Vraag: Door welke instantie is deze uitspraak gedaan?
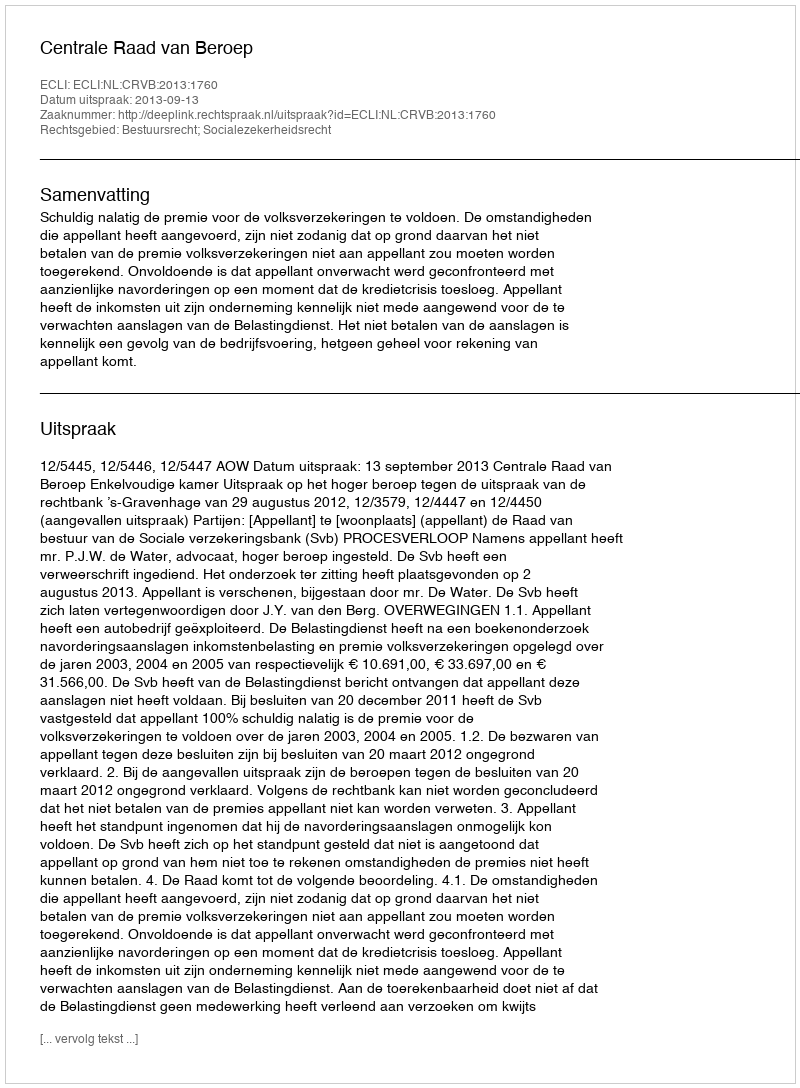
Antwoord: Centrale Raad van Beroep